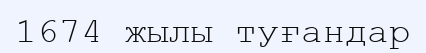
1674 жылы туғандар